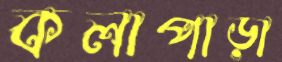
কলাপাড়া